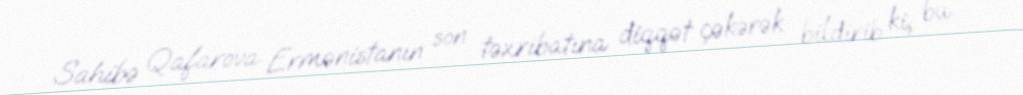
Sahibə Qafarova Ermənistanın son təxribatına diqqət çəkərək bildirib ki, bu